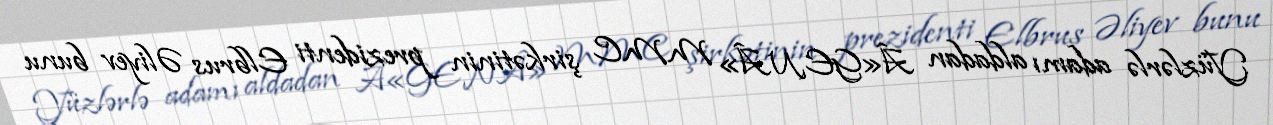
Yüzlərlə adamı aldadan Â«GENÂ» MMC şirkətinin prezidenti Elbrus Əliyev bunu